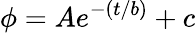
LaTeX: \phi=Ae^{-(t/b)}+c